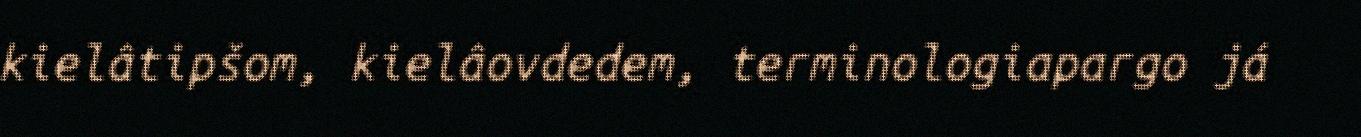
kielâtipšom, kielâovdedem, terminologiapargo já